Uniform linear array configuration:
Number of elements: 8
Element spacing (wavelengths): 0.5
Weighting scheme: binomial
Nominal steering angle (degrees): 60
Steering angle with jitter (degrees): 58.214
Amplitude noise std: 0.05
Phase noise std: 0.05

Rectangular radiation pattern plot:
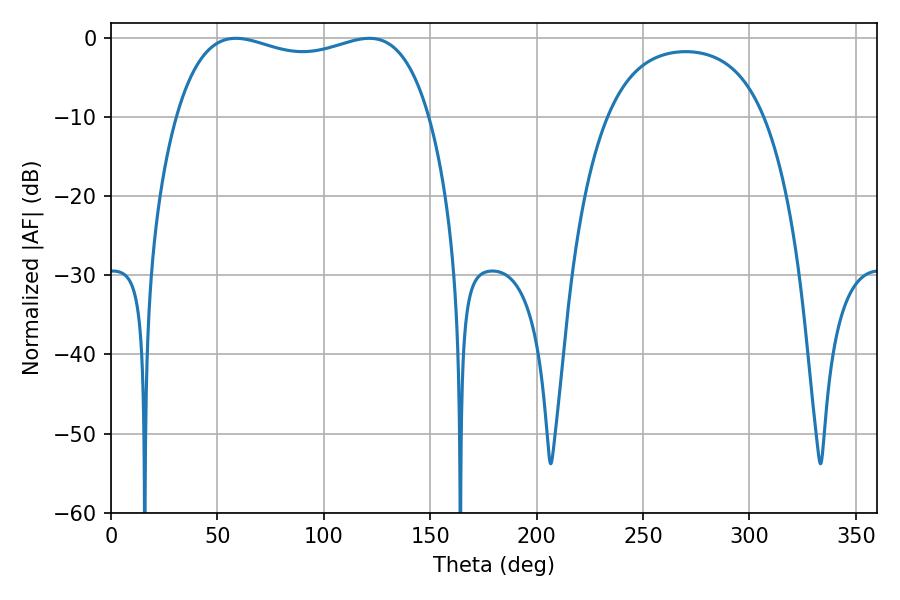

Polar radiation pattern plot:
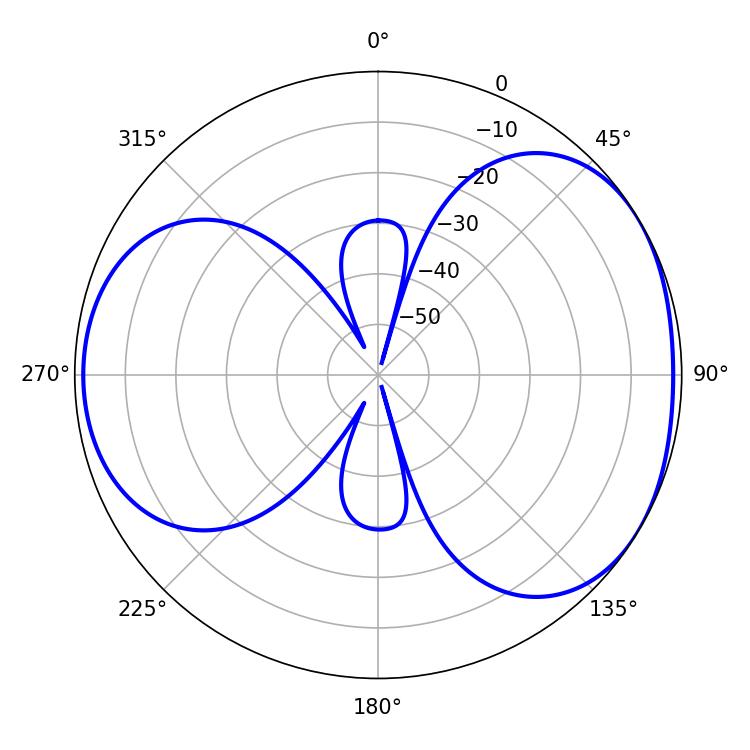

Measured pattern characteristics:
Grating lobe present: FALSE
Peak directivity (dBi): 4.33
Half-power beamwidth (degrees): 97.2
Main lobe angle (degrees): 58.68